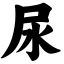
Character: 尿